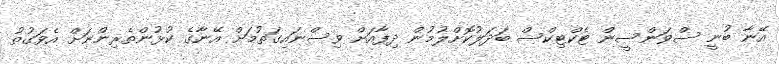
އޭނާ ބުނީ ސްވަންސީން ޓެކްޓިކްސް ބަދަލުކޮށްލުމުން ދިފާއަށް ވިސްނައިގަތުމަށް އޭނާގެ ކުޅުންތެރިންނަށް އެވަގުތު